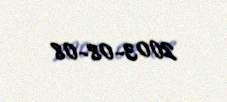
2003-08-08